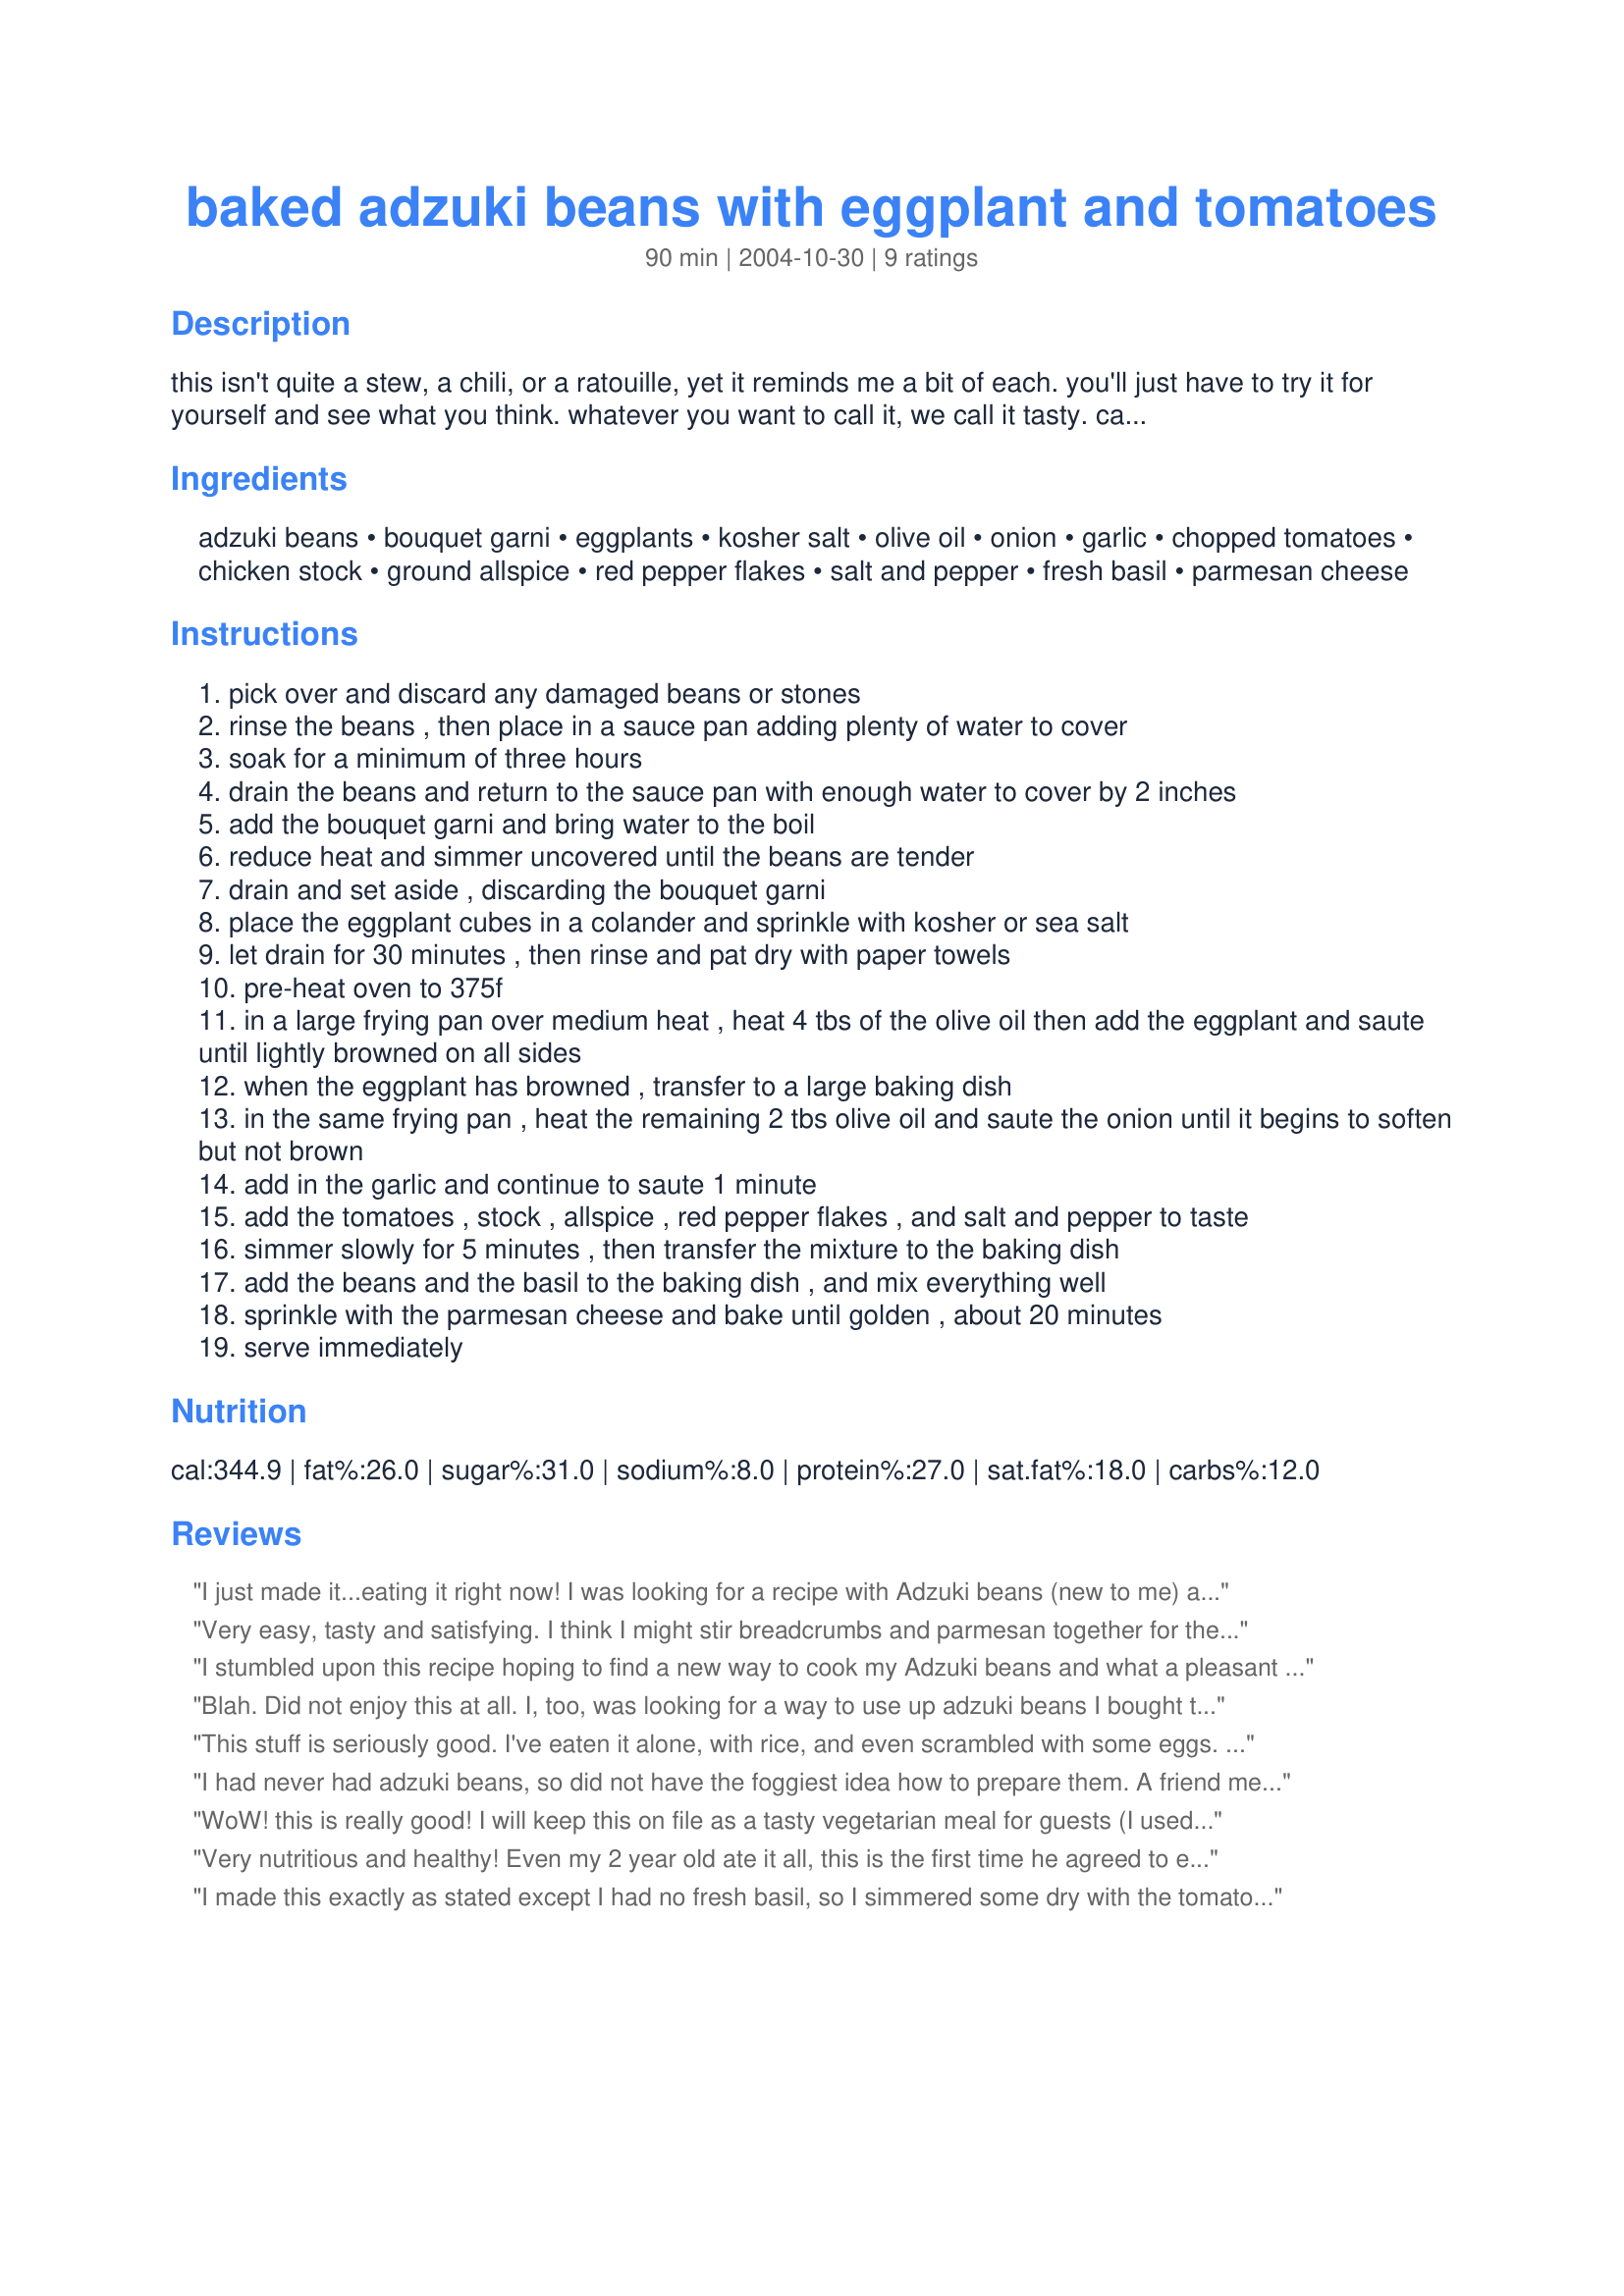
baked adzuki beans with eggplant and tomatoes
Preparation time: 90 minutes

this isn't quite a stew, a chili, or a ratouille, yet it reminds me a bit of each. you'll just have to try it for yourself and see what you think. whatever you want to call it, we call it tasty. can be served as a side dish as well, but we like it on it's own accompanied by a nice loaf of a crusty bread. plan ahead, the preparation time does not include three hour soaking time for the beans.

Ingredients:
adzuki beans, bouquet garni, eggplants, kosher salt, olive oil, onion, garlic, chopped tomatoes, chicken stock, ground allspice, red pepper flakes, salt and pepper, fresh basil, parmesan cheese

Steps:
pick over and discard any damaged beans or stones
rinse the beans , then place in a sauce pan adding plenty of water to cover
soak for a minimum of three hours
drain the beans and return to the sauce pan with enough water to cover by 2 inches
add the bouquet garni and bring water to the boil
reduce heat and simmer uncovered until the beans are tender
drain and set aside , discarding the bouquet garni
place the eggplant cubes in a colander and sprinkle with kosher or sea salt
let drain for 30 minutes , then rinse and pat dry with paper towels
pre-heat oven to 375f
in a large frying pan over medium heat , heat 4 tbs of the olive oil then add the eggplant and saute until lightly browned on all sides
when the eggplant has browned , transfer to a large baking dish
in the same frying pan , heat the remaining 2 tbs olive oil and saute the onion until it begins to soften but not brown
add in the garlic and continue to saute 1 minute
add the tomatoes , stock , allspice , red pepper flakes , and salt and pepper to taste
simmer slowly for 5 minutes , then transfer the mixture to the baking dish
add the beans and the basil to the baking dish , and mix everything well
sprinkle with the parmesan cheese and bake until golden , about 20 minutes
serve immediately

Reviews:
I just made it...eating it right now! I was looking for a recipe with Adzuki beans (new to me) and found that many of the remaining ingredients were readily available from my garden, so I decided to give it a shot. My only deviation from the recipe was to use two cups of fresh tomatoes (what I had on hand) instead of canned, and I cooked them for a couple of extra minutes. I soaked the beans while I was at work; about 10 hours. I wouldn't call it a pretty dish, but it smelled great while cooking, and tastes pretty good too--very hearty and savory. I will try to make this again when the weather cools off a bit, since there's a good amount of cooking time involved, and it made my kitchen a bit warm for an August night. If you are deciding to try this with bread or over rice, I'd definitely recommend a chunk of crusty French bread to take care of the juice, and give it a bit of crunch.
Very easy, tasty and satisfying.

I think I might stir breadcrumbs and parmesan together for the topping next time.

Lovely dish, thanks :)
I stumbled upon this recipe hoping to find a new way to cook my Adzuki beans and what a pleasant surprise! I took the advise of Moyni to mix breadcrumbs (I used Panko crumbs) with the Parm chz for the topping and that added a nice balance of texture and flavor.
Blah. Did not enjoy this at all. I, too, was looking for a way to use up adzuki beans I bought to make Japanese sweet bean cakes. I am not a vegetarian but this was one of the few recipes I could find using these beans. This recipe took a great deal of time but it lacked depth. Maybe a vegetarian with limited protein choices may think differently but no one in my family of five liked it (and I do have one veggie teen - but I do not make special dishes for her, she cooks for herself). I even tried the panko mixed with parm on the top as one reviewer suggested but that was just a waste of expensive parm.............<br/>To each his (or her) own I guess.
This stuff is seriously good. I've eaten it alone, with rice, and even scrambled with some eggs. Love the addition of allspice. Wish I still had some left over. Thanks for the great recipe!
I had never had adzuki beans, so did not have the foggiest idea how to prepare them. A friend mentioned ingredients similar to those in this recipe, but he used sweet potato instead of eggplant. I decided to incorperate 2 sweet potatos diced in 1/2 inch pieces and reduce the eggplant to just one. It was delicous. I had friends over last week, and they are still raving about it. This recipe was very easy to prepare.
WoW! this is really good! I will keep this on file as a tasty vegetarian meal for guests (I used veggie broth). Onion is mising from the ingredient list, but I figured it out. Be sure to rinse the eggplant VERY WELL after it had its salt bath. i did not add any extra salt after that step. THANKS SO MUCH!
Very nutritious and healthy! Even my 2 year old ate it all, this is the first time he agreed to eat beans! I didn't have the cheese and the thyme on hand, but it didn't matter. Thank you!
I made this exactly as stated except I had no fresh basil, so I simmered some dry with the tomatoes. It was delicious! We had it as a main dish served on top of the large-type couscous. I'm anxious to try it with polenta...fabulous!
